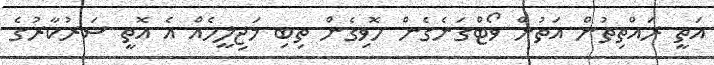
އަތީ ރައްތިތުން އަތުން ވޯޓްގަނެގެން ހޮވިގެން ތިބި މަޖިލީހެއް އެ އޮތީ ސަރުކާރުގެ